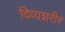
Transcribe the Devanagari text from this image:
दिव्यशरीर